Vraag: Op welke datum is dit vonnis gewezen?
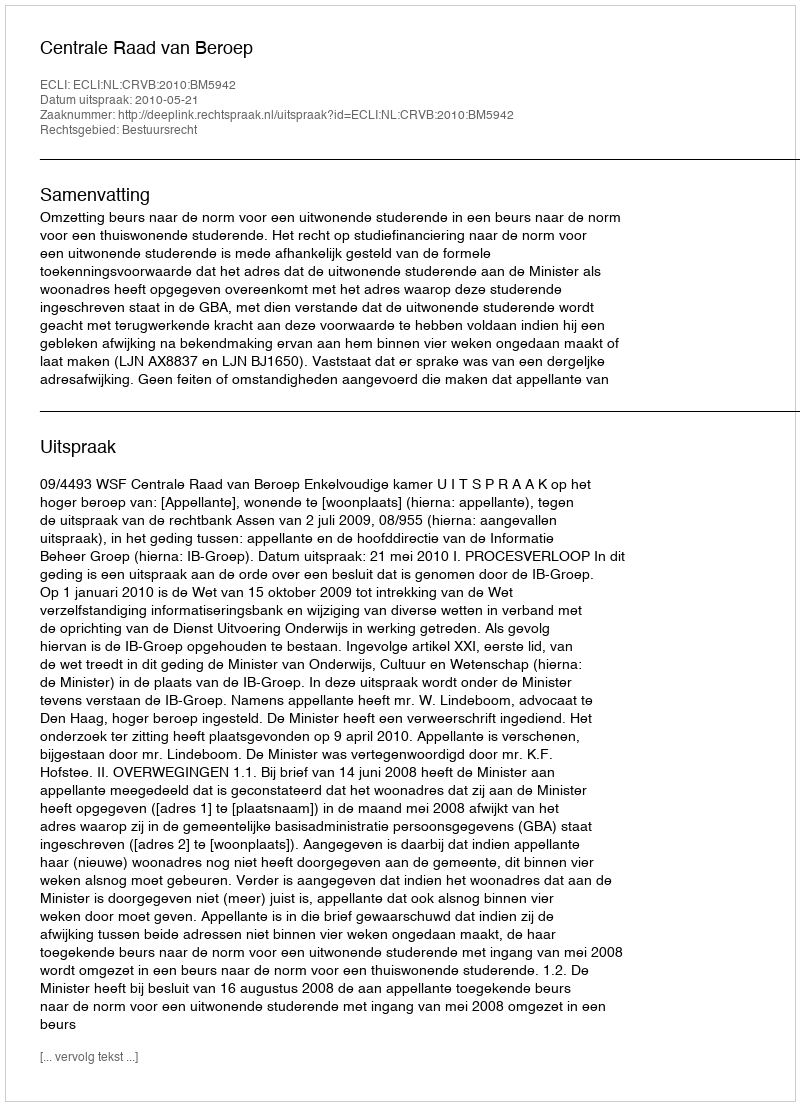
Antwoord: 2010-05-21